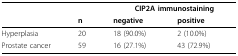
<table><thead><tr><td></td><td></td><td colspan="2"><b>CIP2A immunostaining</b></td></tr><tr><td></td><td><b>n</b></td><td><b>negative</b></td><td><b>positive</b></td></tr></thead><tbody><tr><td>Hyperplasia</td><td>20</td><td>18 (90.0%)</td><td>2 (10.0%)</td></tr><tr><td>Prostate cancer</td><td>59</td><td>16 (27.1%)</td><td>43 (72.9%)</td></tr></tbody></table>